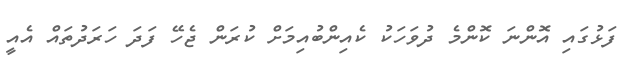
ފަޅުގައި އޮންނަ ކޮންމެ ދުވަހަކު ކެއިންބުއިމަށް ކުރަން ޖެހޭ ފަދަ ހަރަދުތައް އެއީ